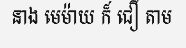
នាង មេម៉ាយ ក៏ ជឿ តាម